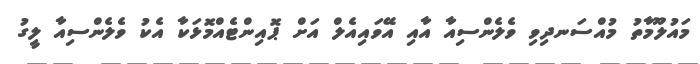
މައުލޫމާތު މުއްސަނދިވި ވެލެންސިއާ އާއި އޭވައިއެލް އަށް ޕޮއިންޓެއްމޮޅަކާ އެކު ވެލެންސިއާ ލީގު